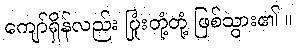
ကျော်ရှိန်လည်း ပြုံးတုံ့တုံ့ ဖြစ်သွား၏ ။